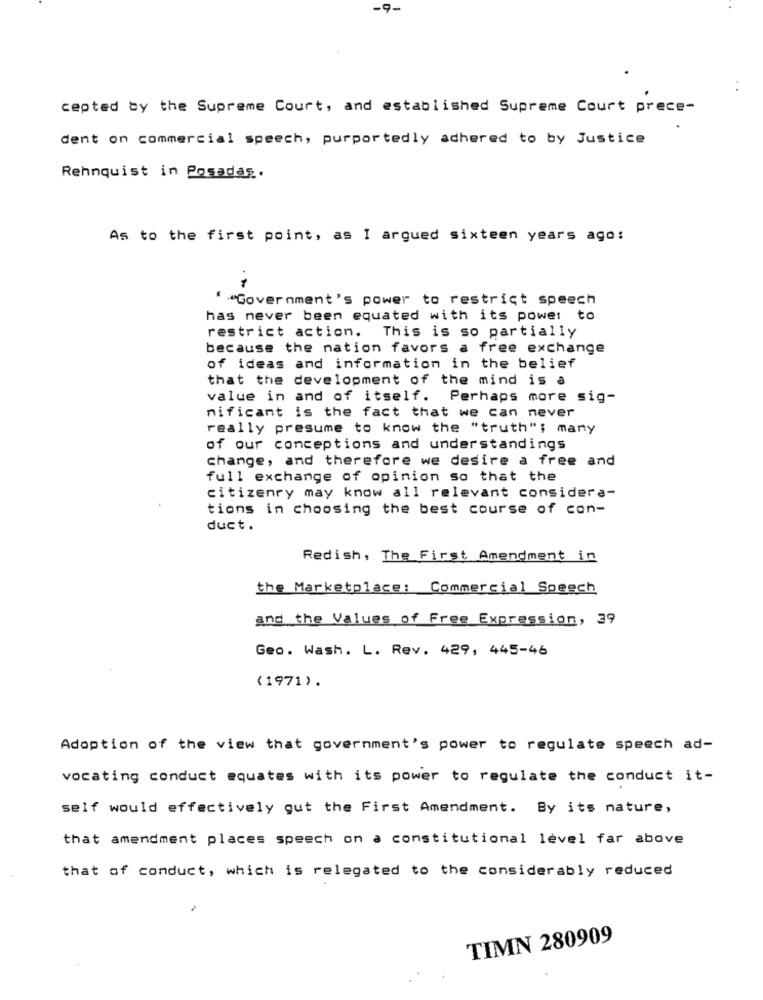
-9-
cepted by the Supreme Court, and established Supreme Court prece-
dent on commercial speech, purportedly adhered to by Justice
Rehnquist in Posadas.
As to the first point, as I argued sixteen years ago:
""Government's power to restrict speech
has never been equated with its power to
restrict action. This is so partially
because the nation favors a free exchange
of ideas and information in the belief
that the development of the mind is a
value in and of itself. Perhaps more sig-
nificant is the fact that we can never
really presume to know the "truth"; many
of our conceptions and understandings
change, and therefore we desire a free and
full exchange of opinion so that the
citizenry may know all relevant considera-
tions in choosing the best course of con-
duct.
Redish, The First Amendment in
the Marketplace: Commercial Speech
and the Values of Free Expression, 39
Geo. Wash. L. Rev. 429, 445-46
(1971).
Adoption of the view that government's power to regulate speech ad-
vocating conduct equates with its power to regulate the conduct it-
self would effectively gut the First Amendment. By its nature,
that amendment places speech on a constitutional level far above
that of conduct, which is relegated to the considerably reduced
TIMN 280909